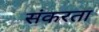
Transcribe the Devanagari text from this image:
संकरता